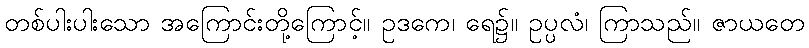
တစ်ပါးပါးသော အကြောင်းတို့ကြောင့်။ ဥဒကေ၊ ရေ၌။ ဥပ္ပလံ၊ ကြာသည်။ ဇာယတေ